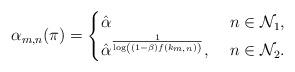
LaTeX: \begin{align*}\alpha_{m,n}(\pi) = \begin{cases}\hat{\alpha} &\,\, n \in \mathcal{N}_1,\\\hat{\alpha}^\frac{1}{\log\left((1-\beta)f(k_{m,n})\right)}, &\,\, n \in \mathcal{N}_2.\end{cases}\end{align*}